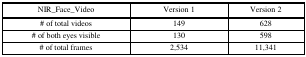
| NIR_Face_Video | Version 1 | Version 2 |
 | --- | --- | --- |
 | # of total videos | 149 | 628 |
 | # of both eyes visible | 130 | 598 |
 | # of total frames | 2,534 | 11,341 |